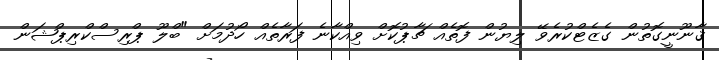
ޤާނޫނީގޮތުން ގެޒެޓްކުރެވޭ ލިޔުން ފޮތެއް ޗާޕުކޮށް ވިއްކާނެ ފަރާތެއް ހޯދުމަށް "ބްލޫ ޕްރިސްކްރިޕްޝަން